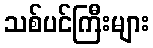
သစ်ပင်ကြီးများ